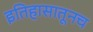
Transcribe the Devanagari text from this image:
इतिहासातूनच